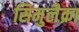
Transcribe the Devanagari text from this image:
सिमुलैक्रा